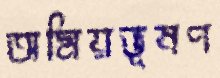
অমিয়ভূষণ